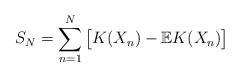
LaTeX: \begin{align*}S_N=\sum^{N}_{n=1}\big[K(X_n)-\mathbb{E}K(X_n)\big]\end{align*}